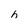
Character: h